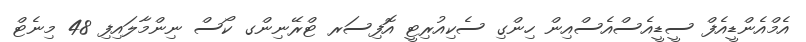
އެމްއެންޑީއެފް ސީޑީއެސްއެސްއިން ހިންގި ސެކިއުރިޓީ އޮފިސަރ ޓްރޭނިންގ ކޯސް ނިންމާލައިފި 48 މިނެޓް